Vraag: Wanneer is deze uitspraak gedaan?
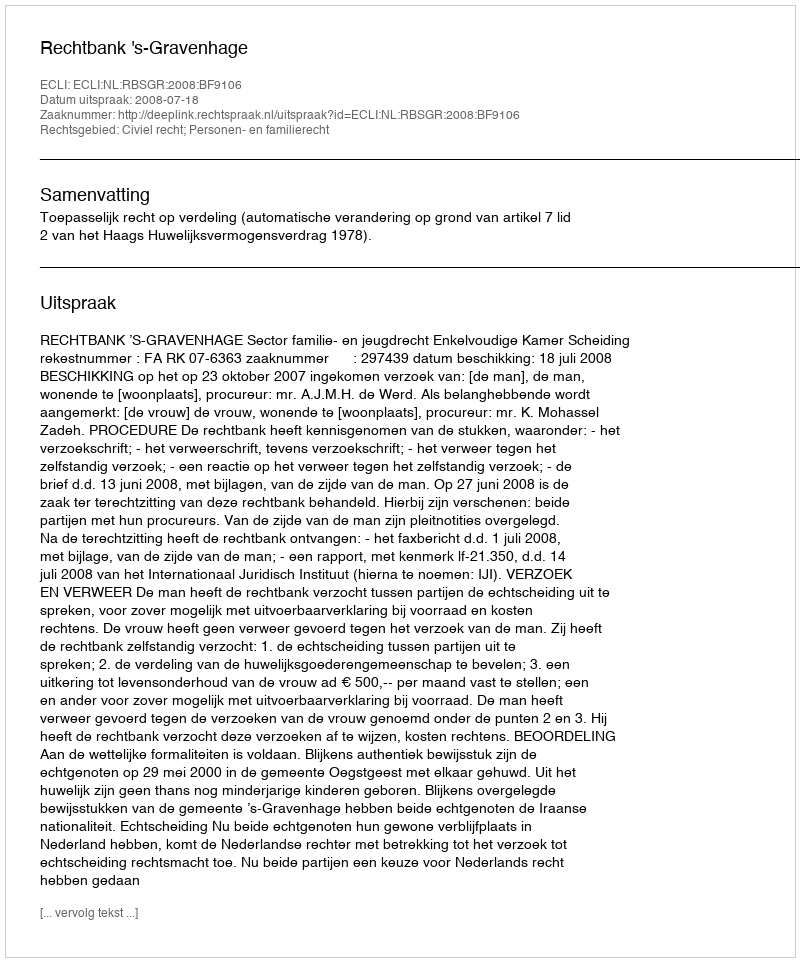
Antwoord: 2008-07-18